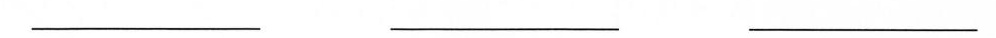
___ ___ ___